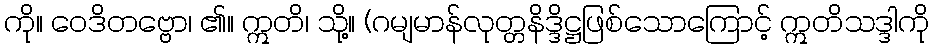
ကို။ ဝေဒိတဗ္ဗော၊ ၏။ ဣတိ၊ သို့။ (ဂမျမာန်လုတ္တနိဒ္ဒိဋ္ဌဖြစ်သောကြောင့် ဣတိသဒ္ဒါကို